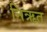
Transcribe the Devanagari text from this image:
निऋत